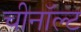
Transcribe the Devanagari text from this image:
चीनॉल्ट